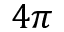
4 \pi